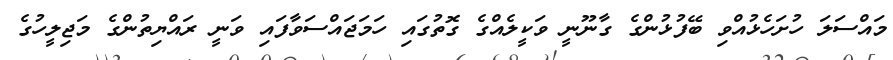
މައްސަލަ ހުށަހެޅުއްވި ބޭފުޅުންގެ ގާނޫނީ ވަކީލެއްގެ ގޮތުގައި ހަމަޖައްސަވާފައި ވަނީ ރައްޔިތުންގެ މަޖިލީހުގެ